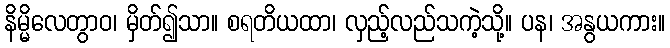
နိမ္မိလေတွာဝ၊ မှိတ်၍သာ။ စရတိယထာ၊ လှည့်လည်သကဲ့သို့။ ပန၊ အနွယကား။